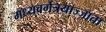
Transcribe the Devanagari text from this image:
मध्यवर्गत्रयाज्जाता